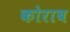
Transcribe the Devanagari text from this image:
कोराब